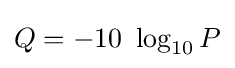
Q=-10\ \log _{10}P